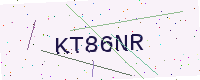
Text: KT86NR